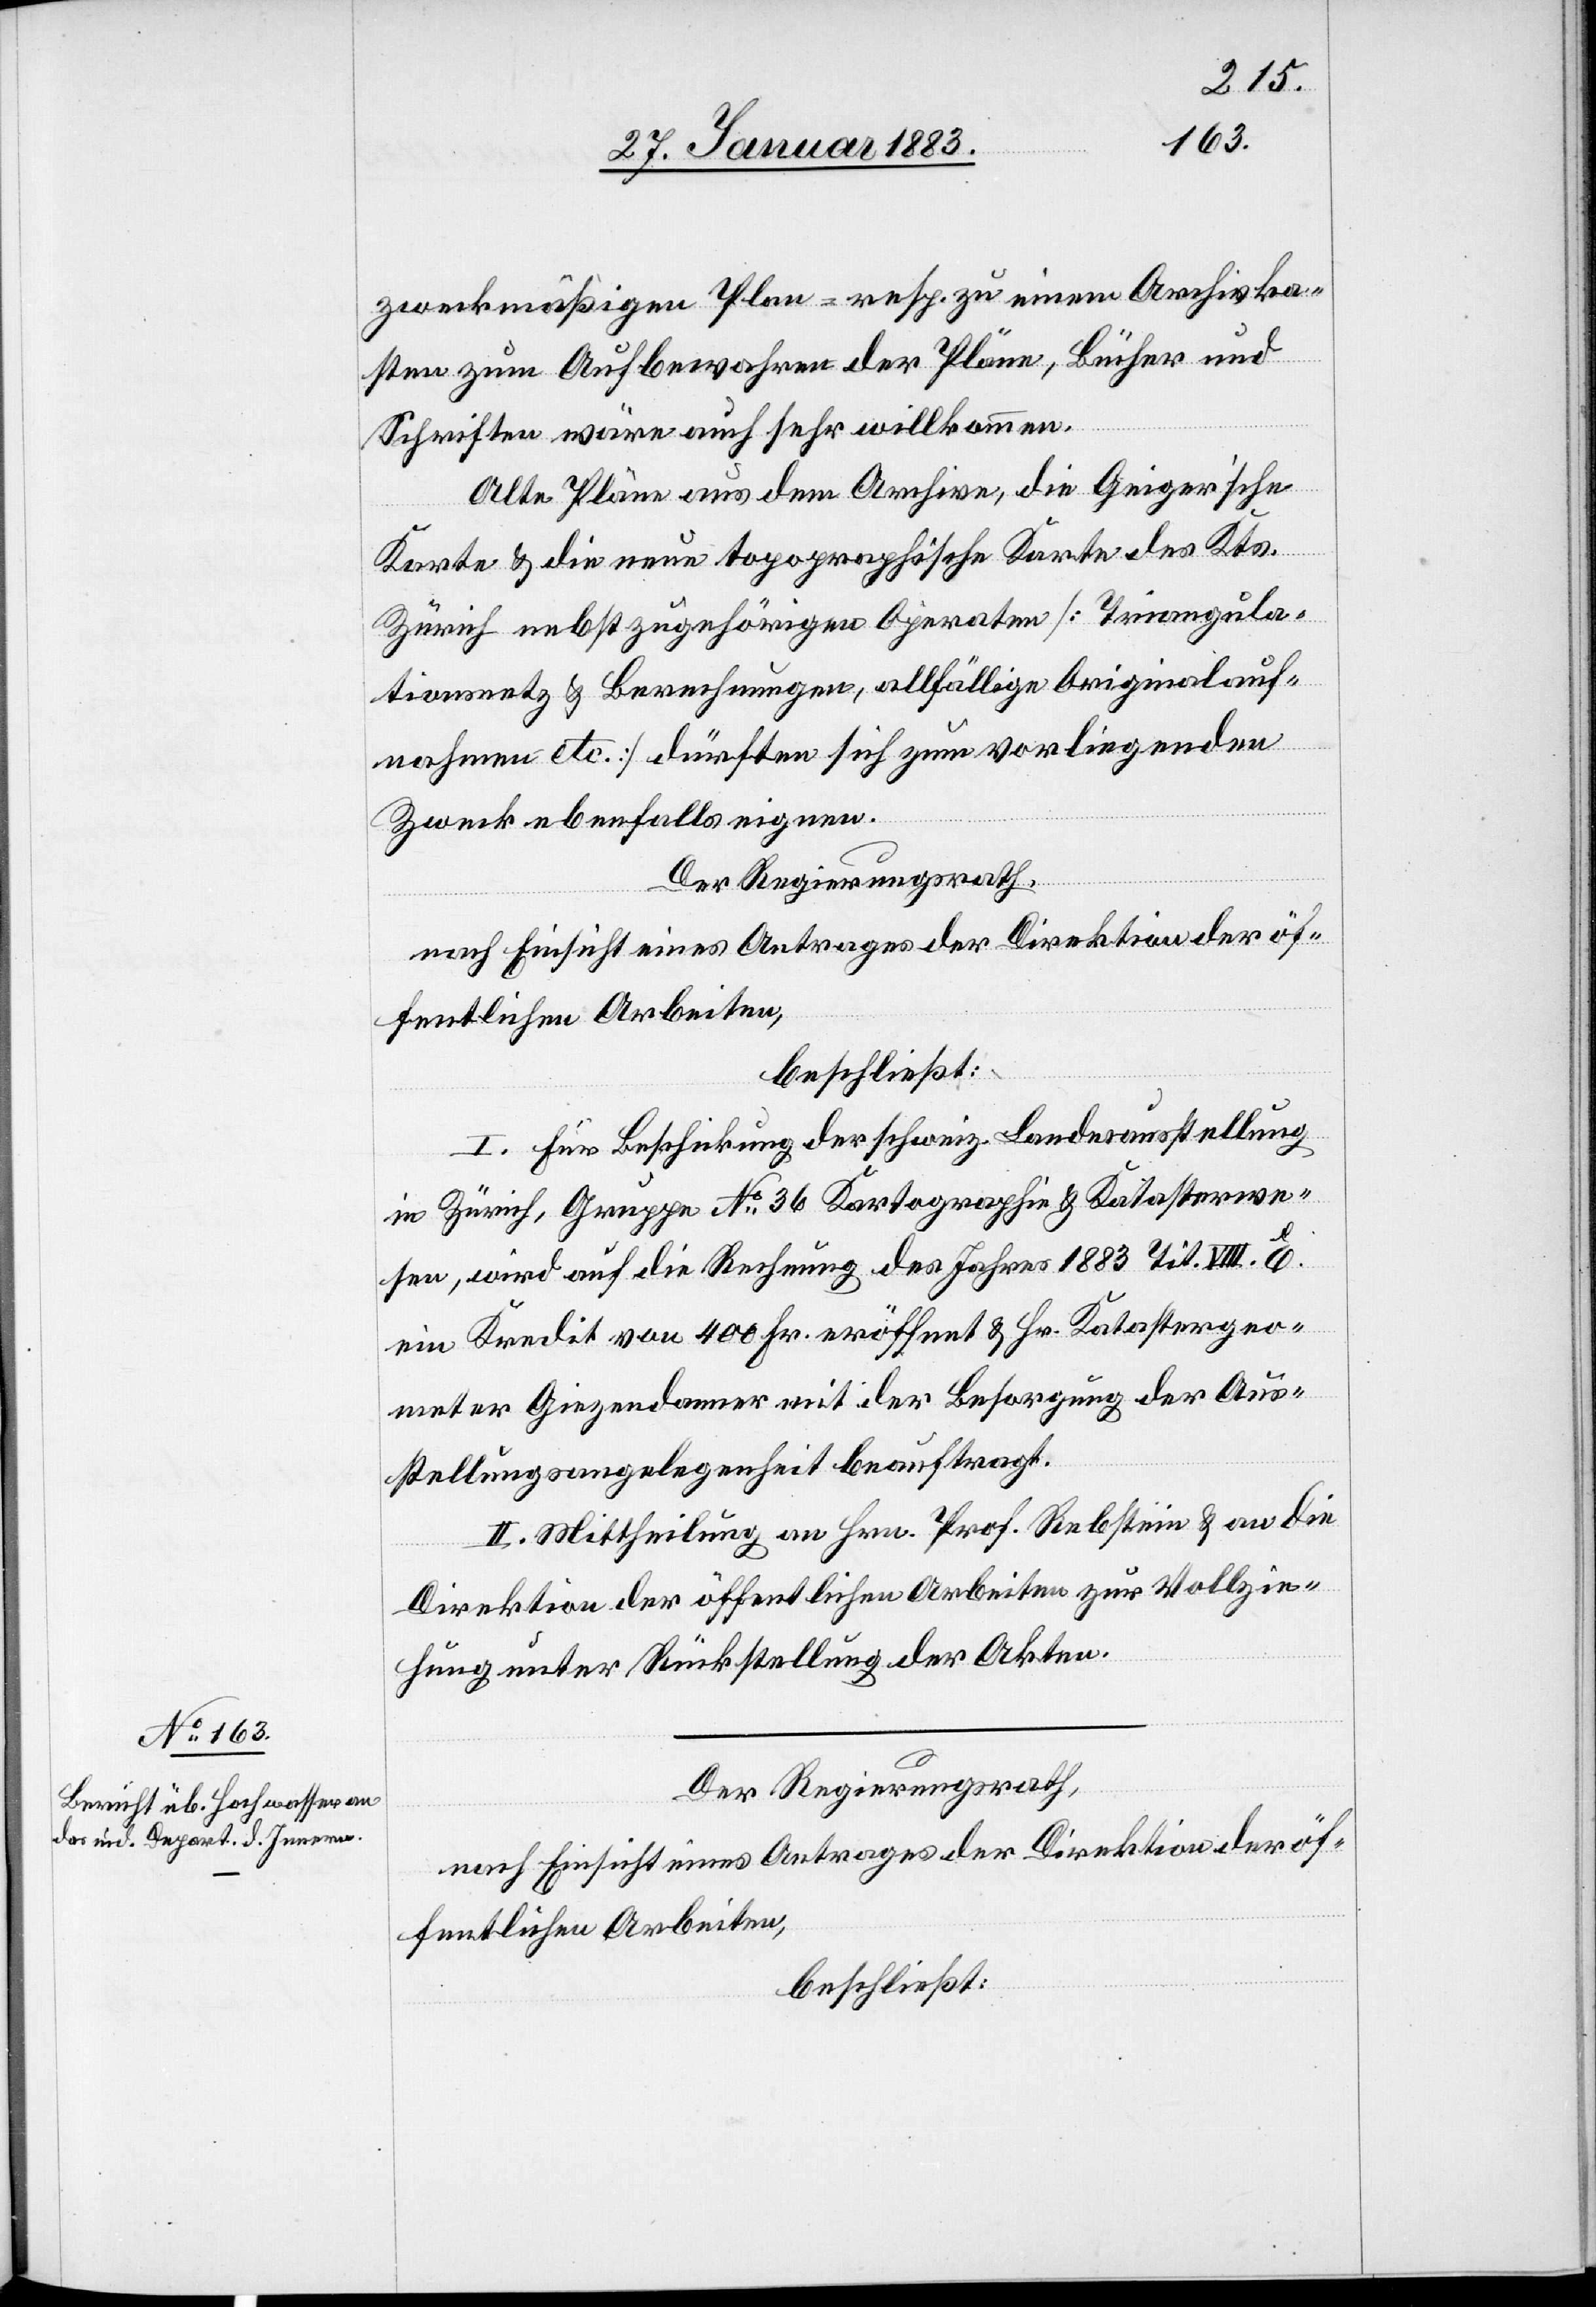
zweckmäßigen Plan- resp. zu einem Archivka¬
sten zum Aufbewahren der Pläne, Bücher und
Schriften wäre auch sehr willkommen.
Alte Pläne aus dem Archive, die Geigerʼsche
Karte & die neue topographische Karte des Kts.
Zürich nebst zugehörigen Operaten [Triangula¬
tionsnetz & Berechnungen, allfällige Originalauf¬
nahmen etc.] dürften sich zum vorliegenden
Zweck ebenfalls eignen.
Der Regierungsrath,
nach Einsicht eines Antrages der Direktion der öf¬
fentlichen Arbeiten,
beschließt:
I. Für Beschickung der schweiz. Landesausstellung
in Zürich, Gruppe No 36 Kartographie & Katasterwe¬
sen, wird auf die Rechnung des Jahres 1881 Tit. VIII. E.
ein Kredit von 400 Fr. eröffnet & Hr. Katastergeo¬
meter Giezendanner mit der Besorgung der Aus¬
stellungsangelegenheit beauftragt.
II. Mittheilung an Hrn. Prof. Rebstein & an die
Direktion der öffentlichen Arbeiten zur Vollzie¬
hung unter Rückstellung der Akten.
Der Regierungsrath,
nach Einsicht eines Antrages der Direktion der öf¬
fentlichen Arbeiten,
beschließt: